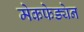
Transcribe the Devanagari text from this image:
मेकफेड्येन